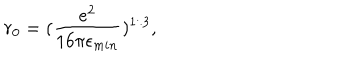
r _ { 0 } = ( \frac { e ^ { 2 } } { 1 6 \pi \epsilon _ { m i n } } ) ^ { 1 / 3 } ,